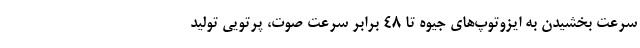
سرعت بخشیدن به ایزوتوپ‌های جیوه تا ۴۸ برابر سرعت صوت، پرتویی تولید